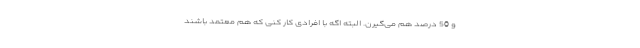
و 50 درصد هم می­گیرن. البته اگه با افرادی کار کنی که هم معتمد باشند